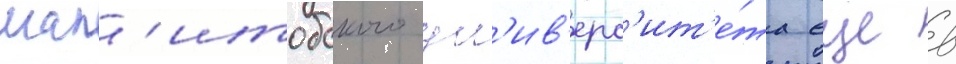
ман'итобского ун'ив'ерс'ит'е́та еще в